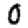
Digit: 0